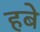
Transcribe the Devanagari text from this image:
हबे